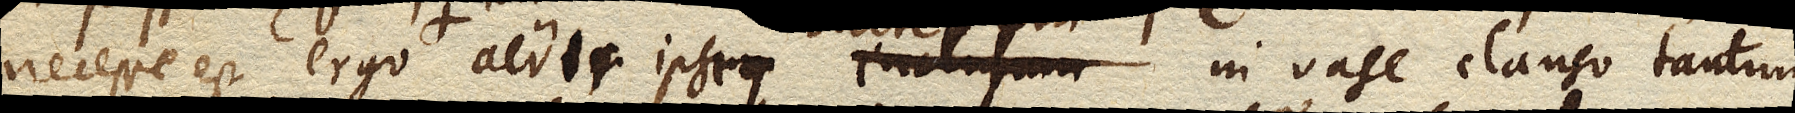
necesse est ergo in vase clauso aere pleno aeris ipsius inclusum aer ipse Elaterem in vase clauso tantum